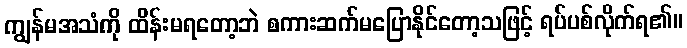
ကျွန်မအသံကို ထိန်းမရတော့ဘဲ စကားဆက်မပြောနိုင်တော့သဖြင့် ရပ်ပစ်လိုက်ရ၏။